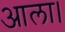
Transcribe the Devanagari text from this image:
आला।